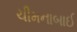
ચીમનાબાઈ